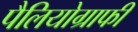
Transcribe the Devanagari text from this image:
पैलियोग्राफी